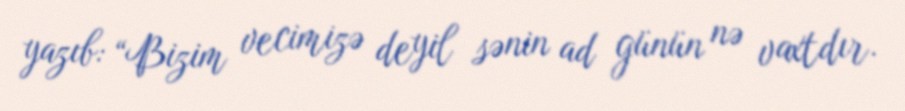
yazıb: “Bizim vecimizə deyil sənin ad günün nə vaxtdır.